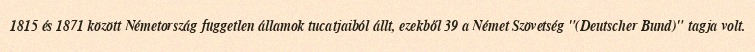
1815 és 1871 között Németország független államok tucatjaiból állt, ezekből 39 a Német Szövetség "(Deutscher Bund)" tagja volt.